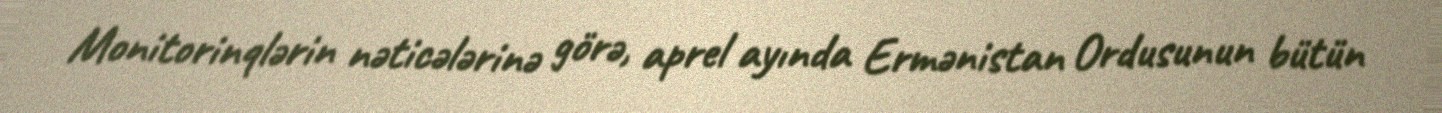
Monitorinqlərin nəticələrinə görə, aprel ayında Ermənistan Ordusunun bütün